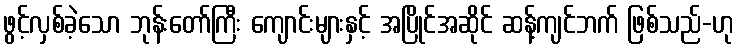
ဖွင့်လှစ်ခဲ့သော ဘုန်းတော်ကြီး ကျောင်းများနှင့် အပြိုင်အဆိုင် ဆန့်ကျင်ဘက် ဖြစ်သည်-ဟု